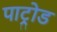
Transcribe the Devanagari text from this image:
पाट्रोड